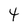
Character: 4